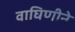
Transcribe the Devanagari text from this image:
वाघिणीने